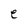
Character: e